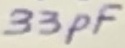
Text: 33pF